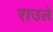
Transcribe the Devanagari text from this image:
राउले